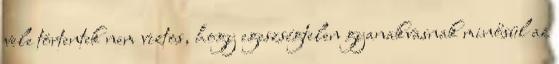
vele törtentek nem viztos, hogy egeszségtelen gyanakvasnak minősül az